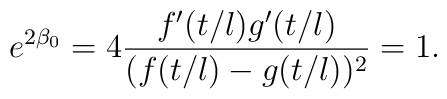
e^{2 \beta_0}=  4 \frac{f'(t/l)g'(t/l)}{(f(t/l)-g(t/l))^2}=1.